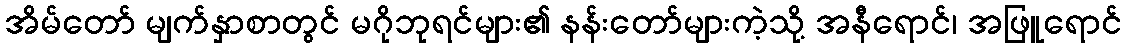
အိမ်တော် မျက်နှာစာတွင် မဂိုဘုရင်များ၏ နန်းတော်များကဲ့သို့ အနီရောင်၊ အဖြူရောင်